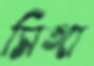
সিঙ্গা